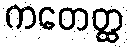
ကတေတ္ထ